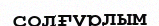
солғүрлым